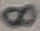
Text: 8